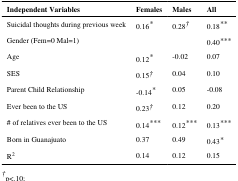
<table><thead><tr><td><b>Independent Variables</b></td><td><b>Females</b></td><td><b>Males</b></td><td><b>All</b></td></tr></thead><tbody><tr><td>Suicidal thoughts during previous week</td><td>0.16*</td><td>0.28†</td><td>0.18**</td></tr><tr><td>Gender (Fem=0 Mal=1)</td><td></td><td></td><td>0.40***</td></tr><tr><td>Age</td><td>0.12*</td><td>-0.02</td><td>0.07</td></tr><tr><td>SES</td><td>0.15†</td><td>0.04</td><td>0.10</td></tr><tr><td>Parent Child Relationship</td><td>-0.14*</td><td>0.05</td><td>-0.08</td></tr><tr><td>Ever been to the US</td><td>0.23†</td><td>0.12</td><td>0.20</td></tr><tr><td># of relatives ever been to the US</td><td>0.14***</td><td>0.12***</td><td>0.13***</td></tr><tr><td>Born in Guanajuato</td><td>0.37</td><td>0.49</td><td>0.43*</td></tr><tr><td>R<sup>2</sup></td><td>0.14</td><td>0.12</td><td>0.15</td></tr></tbody></table>